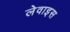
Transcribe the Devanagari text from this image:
लेवाइस